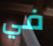
في